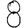
Digit: 8